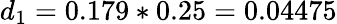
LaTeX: d_{1}=0.179*0.25=0.04475